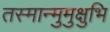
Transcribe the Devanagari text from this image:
तस्मान्मुमुक्षुभि